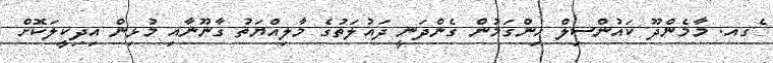
ެގއ. މާމެންދޫ ކައުންސިލް ހިންގަމުން ގެންދަނީ ދައުލަތުގެ މާލިއްޔަތު ގާނޫނާއި މުޅިން އިދިކީލަކޮށް